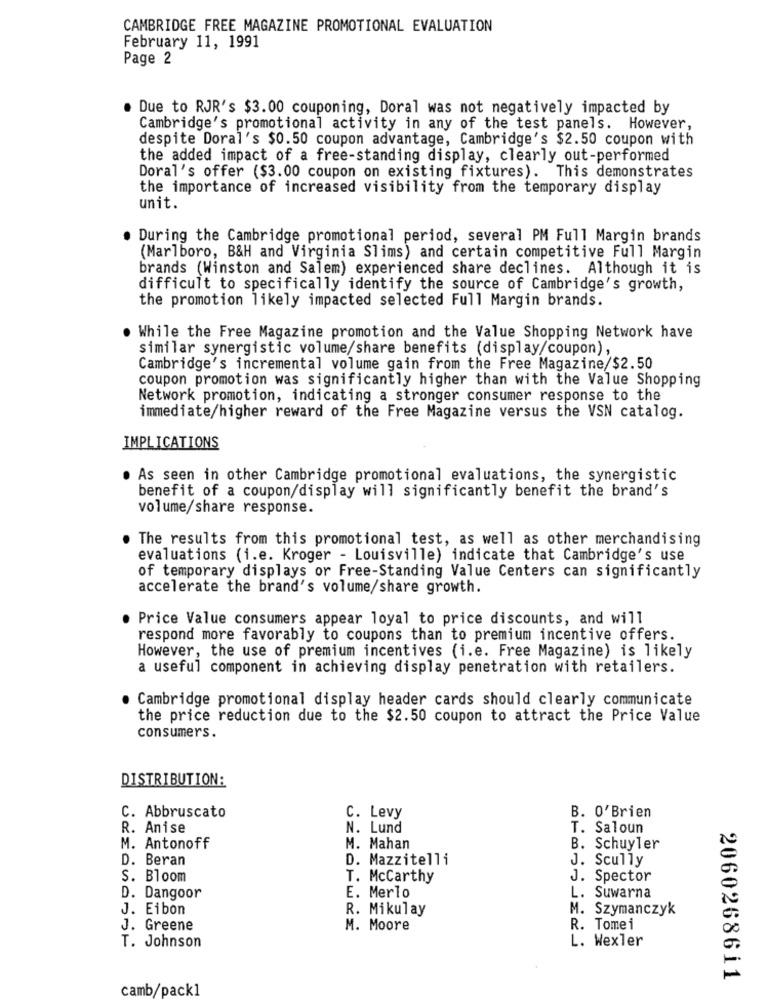
CAMBRIDGE FREE MAGAZINE PROMOTIONAL EVALUATION
February 11, 1991
Page 2
Due to RJR's $3.00 couponing, Doral was not negatively impacted by
Cambridge's promotional activity in any of the test panels. However,
despite Doral's $0.50 coupon advantage, Cambridge's $2.50 coupon with
the added impact of a free-standing display, clearly out-performed
Doral's offer ($3.00 coupon on existing fixtures). This demonstrates
the importance of increased visibility from the temporary display
unit.
During the Cambridge promotional period, several PM Full Margin brands
(Marlboro, B&H and Virginia Slims) and certain competitive Full Margin
brands (Winston and Salem) experienced share declines. Although it is
difficult to specifically identify the source of Cambridge's growth,
the promotion likely impacted selected Full Margin brands.
While the Free Magazine promotion and the Value Shopping Network have
similar synergistic volume/share benefits (display/coupon),
Cambridge's incremental volume gain from the Free Magazine/$2.50
coupon promotion was significantly higher than with the Value Shopping
Network promotion, indicating a stronger consumer response to the
immediate/higher reward of the Free Magazine versus the VSN catalog.
IMPLICATIONS
As seen in other Cambridge promotional evaluations, the synergistic
benefit of a coupon/display will significantly benefit the brand's
volume/share response.
The results from this promotional test, as well as other merchandising
evaluations (i.e. Kroger - Louisville) indicate that Cambridge's use
of temporary displays or Free-Standing Value Centers can significantly
accelerate the brand's volume/share growth.
. Price Value consumers appear loyal to price discounts, and will
respond more favorably to coupons than to premium incentive offers.
However, the use of premium incentives (i.e. Free Magazine) is likely
a useful component in achieving display penetration with retailers.
Cambridge promotional display header cards should clearly communicate
the price reduction due to the $2.50 coupon to attract the Price Value
consumers.
DISTRIBUTION:
C. Abbruscato
C. Levy
B. O'Brien
R. Anise
N. Lund
T. Saloun
M. Antonoff
M. Mahan
B. Schuyler
D. Beran
D. Mazzitelli
J. Scully
S. Bloom
T. Mccarthy
J. Spector
D. Dangoor
E. Merlo
L. Suwarna
J. Eibon
M. Szymanczyk
R. Mikulay
J. Greene
M. Moore
R. Tomei
L. Wexler
T. Johnson
2060268611
camb/pack1